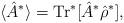
LaTeX: \begin{align*} \langle \hat{A}^{*}\rangle = \textrm{Tr}^{*}[\hat{A}^{*}\hat{\rho }^{*}],\end{align*}